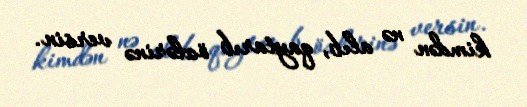
kimdən nə alıb, qaytarıb özlərinə versin.